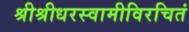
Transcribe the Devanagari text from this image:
श्रीश्रीधरस्वामीविरचितं